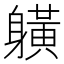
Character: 𨊇